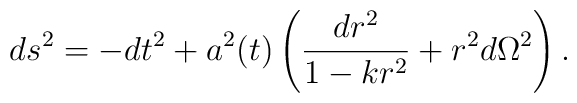
ds^2 = -dt^2 + a^2(t) \left( \frac{dr^2}{1-kr^2} + r^2 d\Omega^2\right).